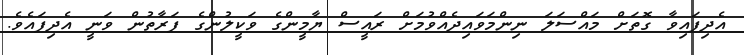
އެދިފައިވާ ގޮތަށް މައްސަލަ ނިންމަވައިދެއްވުމަށް ރައީސް ޔާމީންގެ ވަކީލުންގެ ފަރާތުން ވަނީ އެދިފައެވެ.